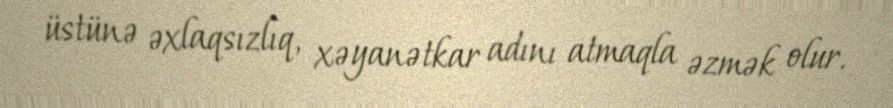
üstünə əxlaqsızlıq, xəyanətkar adını atmaqla əzmək olur.